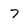
Character: 7